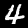
Digit: 4